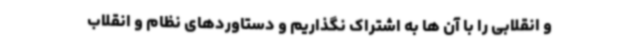
و انقلابی را با آن ها به اشتراک نگذاریم و دستاوردهای نظام و انقلاب